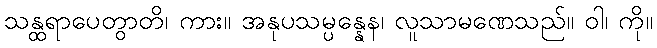
သန္ထရာပေတွာတိ၊ ကား။ အနုပသမ္ပန္နေန၊ လူသာမဏေသည်။ ဝါ၊ ကို။